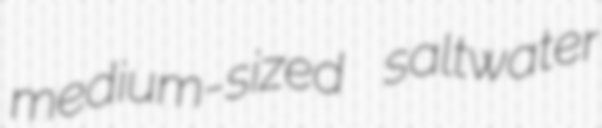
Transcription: medium-sized saltwater